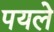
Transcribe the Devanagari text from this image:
पयले